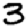
Digit: 3